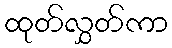
ထုတ်လွှတ်ကာ